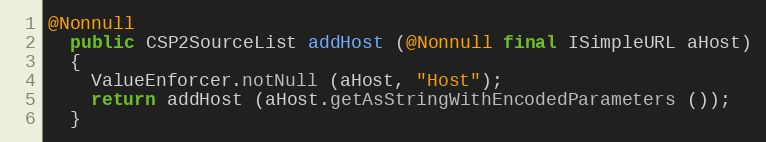
Language: Java
@Nonnull
  public CSP2SourceList addHost (@Nonnull final ISimpleURL aHost)
  {
    ValueEnforcer.notNull (aHost, "Host");
    return addHost (aHost.getAsStringWithEncodedParameters ());
  }